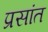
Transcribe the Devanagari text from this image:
प्रसांत